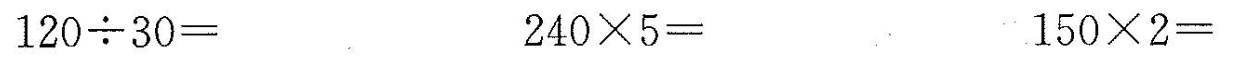
$$1 2 0 \div 3 0 =$$ $$2 4 0 \times 5 =$$ 1 5 0 \times 2 =$$